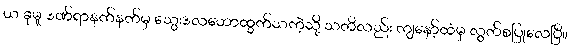
ယ ခုမူ ဒဏ်ရာနက်နက်မှ သွေးဒလဟောထွက်သကဲ့သို့ သတိလည်း ကျနော့်ထံမှ လွတ်စပြုလေပြီ။